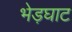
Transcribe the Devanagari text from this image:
भेड़घाट